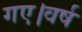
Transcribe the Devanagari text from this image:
गए।वर्ष